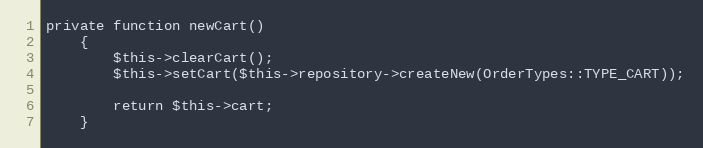
Language: PHP
private function newCart()
    {
        $this->clearCart();
        $this->setCart($this->repository->createNew(OrderTypes::TYPE_CART));

        return $this->cart;
    }